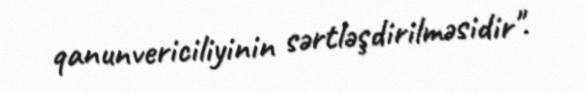
qanunvericiliyinin sərtləşdirilməsidir".